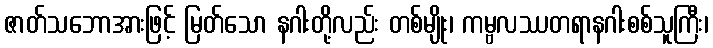
ဇာတ်သဘောအားဖြင့် မြတ်သော နဂါးတို့လည်း တစ်မျိုး၊ ကမ္ဗလဿတရာနဂါးစစ်သူကြီး၊